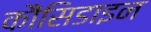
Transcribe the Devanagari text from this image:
कौंसिडाइन